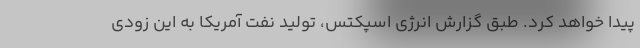
پیدا خواهد کرد. طبق گزارش انرژی اسپکتس، تولید نفت آمریکا به این زودی